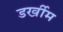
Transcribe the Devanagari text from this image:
डर्खीम